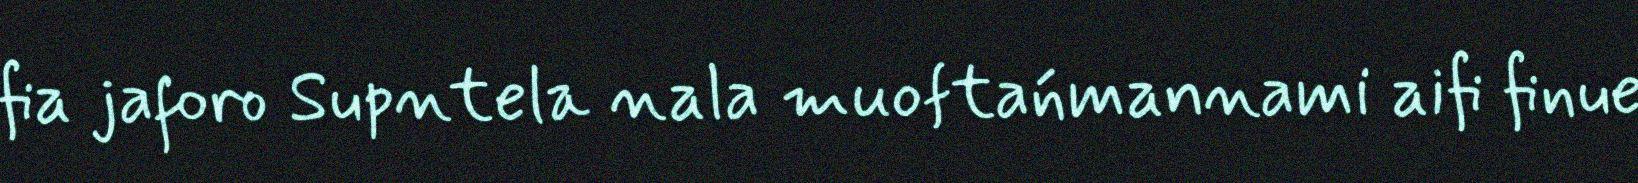
fia jaforo Supntela nala muoftańmannami aifi finue